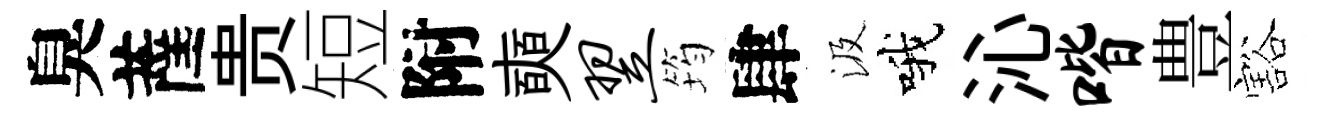
臭薩贵短附奭翌筠肆汲哦沁喈豊豁